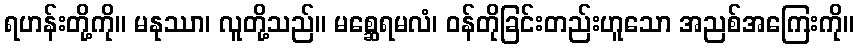
ရဟန်းတို့ကို။ မနုဿာ၊ လူတို့သည်။ မစ္ဆေရမလံ၊ ဝန်တိုခြင်းတည်းဟူသော အညစ်အကြေးကို။